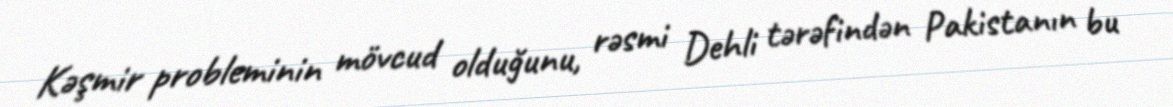
Kəşmir probleminin mövcud olduğunu, rəsmi Dehli tərəfindən Pakistanın bu